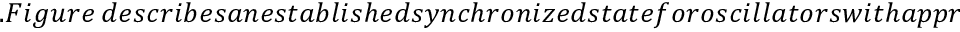
. F i g u r e ~ d e s c r i b e s a n e s t a b l i s h e d s y n c h r o n i z e d s t a t e f o r o s c i l l a t o r s w i t h a p p r o x i m a t e l y e q u a l f u n d a m e n t a l f r e q u e n c i e s . E x p e r i m e n t a l l y m e a s u r e d t r a j e c t o r i e s a r e d e p i c t e d i n F i g . ~ ( a , b ) . T h e a c c u m u l a t e d p h a s e d i f f e r e n c e s h o w s , i n F i g . ~ ( c ) , a t y p i c a l n o i s e - i n d u c e d p h a s e s l i p . F i g u r e ~ ( d ) c o n f i r m s t h e e s t a b l i s h e d l i n e a r r e l a t i o n s h i p b e t w e e n t h e t i m e d e p e n d e n c e o f t h e v a r i a n c e o f t h e a c c u m u l a t e d p h a s e ,